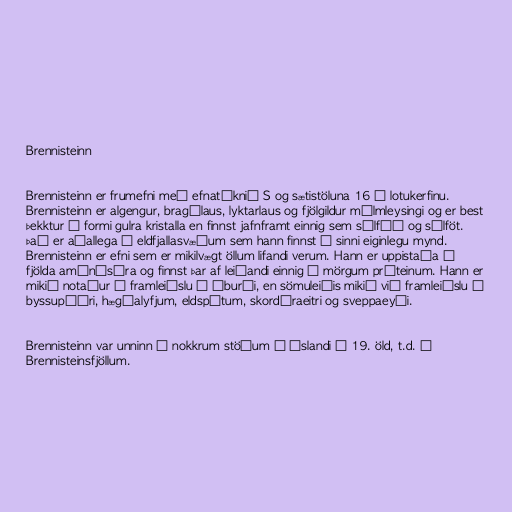
Brennisteinn

Brennisteinn er frumefni með efnatáknið S og sætistöluna 16 í lotukerfinu.
Brennisteinn er algengur, bragðlaus, lyktarlaus og fjölgildur málmleysingi og er best
þekktur á formi gulra kristalla en finnst jafnframt einnig sem súlfíð og súlföt.
Það er aðallega á eldfjallasvæðum sem hann finnst í sinni eiginlegu mynd.
Brennisteinn er efni sem er mikilvægt öllum lifandi verum. Hann er uppistaða í
fjölda amínósýra og finnst þar af leiðandi einnig í mörgum próteinum. Hann er
mikið notaður í framleiðslu á áburði, en sömuleiðis mikið við framleiðslu á
byssupúðri, hægðalyfjum, eldspýtum, skordýraeitri og sveppaeyði.

Brennisteinn var unninn á nokkrum stöðum á Íslandi á 19. öld, t.d. í
Brennisteinsfjöllum.